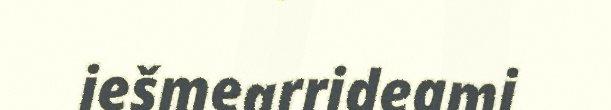
iešmearrideami